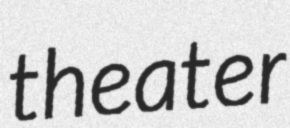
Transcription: theater